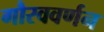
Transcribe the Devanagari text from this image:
गौरववर्णन